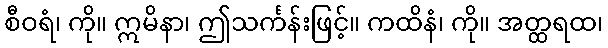
စီဝရံ၊ ကို။ ဣမိနာ၊ ဤသင်္ကန်းဖြင့်။ ကထိနံ၊ ကို။ အတ္ထရထ၊